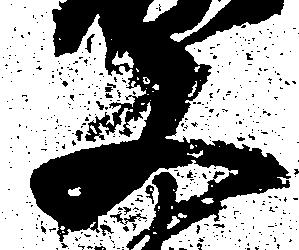
又